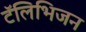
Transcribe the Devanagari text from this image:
टॅलिभिजन